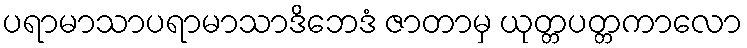
ပရာမာသာပရာမာသာဒိဘေဒံ ဇာတာမှ ယုတ္တပတ္တကာလော